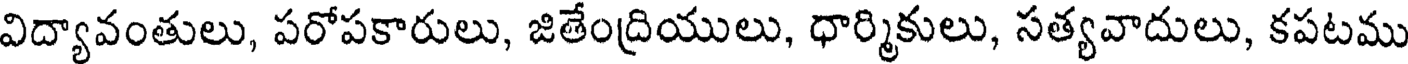
విద్యావంతులు, పరోపకారులు, జితేంద్రియులు, ధార్మికులు, సత్యవాదులు, కపటము